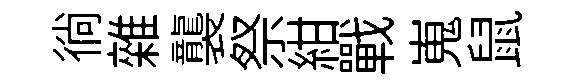
徜雜襲祭紺戰嵬鼠